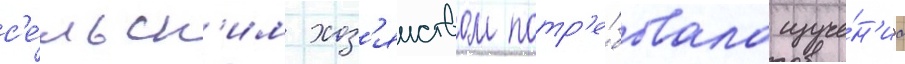
с'е́льск'им хоз'яиством потр'е́бовала изуче́н'иа